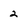
Character: 2